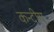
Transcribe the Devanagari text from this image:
कन्दीय